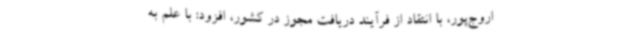
اروج‌پور، با انتقاد از فرآیند دریافت مجوز در کشور، افزود: با علم به